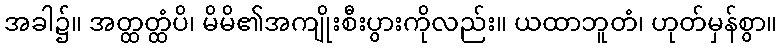
အခါ၌။ အတ္ထတ္ထံပိ၊ မိမိ၏အကျိုးစီးပွားကိုလည်း။ ယထာဘူတံ၊ ဟုတ်မှန်စွာ။